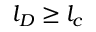
l _ { D } \geq l _ { c }